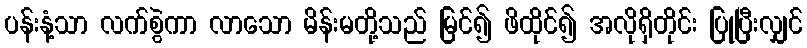
ပန်းနံ့သာ လက်စွဲကာ လာသော မိန်းမတို့သည် မြင်၍ ဖိထိုင်၍ အလိုရှိတိုင်း ပြုပြီးလျှင်